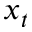
x _ { t }